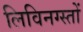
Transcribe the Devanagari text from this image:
लिविनग्स्तों